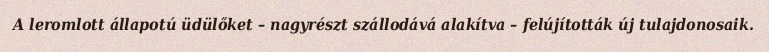
A leromlott állapotú üdülőket – nagyrészt szállodává alakítva – felújították új tulajdonosaik.